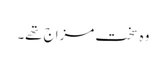
وہ سخت مزاج تھے۔